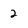
Character: 2